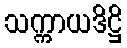
သက္ကာယဒိဋ္ဌိ